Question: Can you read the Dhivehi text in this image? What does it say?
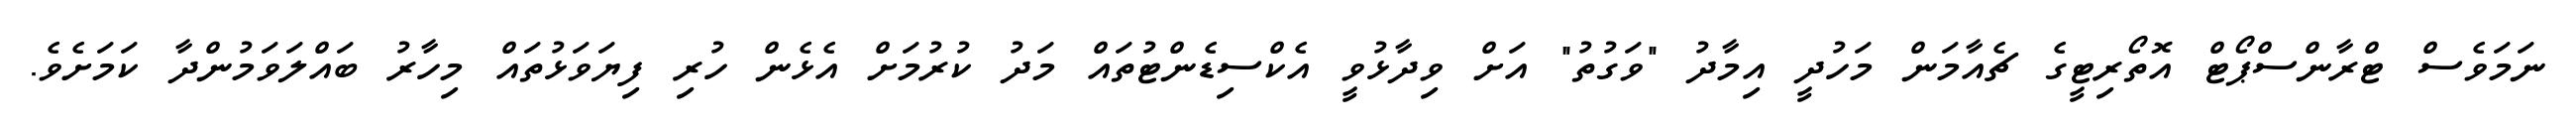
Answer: ނަމަވެސް ޓްރާންސްޕޯޓް އޮތޯރިޓީގެ ޗެއާމަން މަހުދީ އިމާދު "ވަގުތު" އަށް ވިދާޅުވީ އެކްސިޑެންޓުތައް މަދު ކުރުމަށް އެޅެން ހުރި ފިޔަވަޅުތައް މިހާރު ބައްލަވަމުންދާ ކަމަށެވެ.